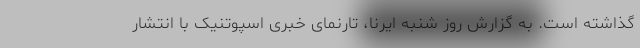
گذاشته است. به گزارش روز شنبه ایرنا، تارنمای خبری اسپوتنیک با انتشار